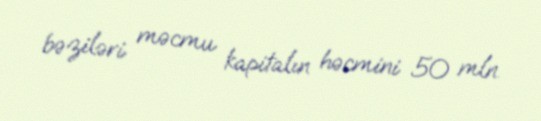
bəziləri məcmu kapitalın həcmini 50 mln.